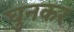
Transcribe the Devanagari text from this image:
घुनकर